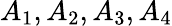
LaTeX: A_{1},A_{2},A_{3},A_{4}